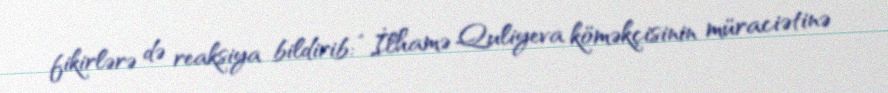
fikirlərə də reaksiya bildirib: “İlhamə Quliyeva köməkçisinin müraciətinə